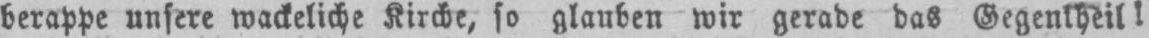
berappe unsere wackeliche Kirche, so glauben wir gerade das Gegentheil!